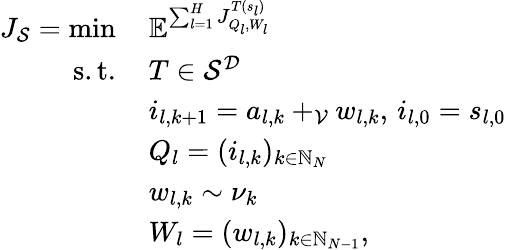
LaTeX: \begin{array}{rl}{J_{\mathcal{S}}=\operatorname*{min}\, }&{\mathbb{E}^{\sum_{l=1}^{H}J_{Q_{l},W_{l}}^{T(s_{l})}}}\\ {\mathrm{s.t.}\, }&{T\in\mathcal{S}^{\mathcal{D}}}\\ &{i_{l,k+1}=a_{l,k}+_{\mathcal{V}}w_{l,k},\, i_{l,0}=s_{l,0}}\\ &{Q_{l}=(i_{l,k})_{k\in\mathbb{N}_{N}}}\\ &{w_{l,k}\sim\nu_{k}}\\ &{W_{l}=(w_{l,k})_{k\in\mathbb{N}_{N-1}},}\end{array}